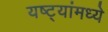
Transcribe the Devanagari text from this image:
यष्ट्यांमध्ये